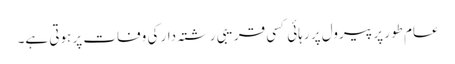
عام طور پر پیرول پر رہائی کسی قریبی رشتہ دار کی وفات پر ہوتی ہے۔